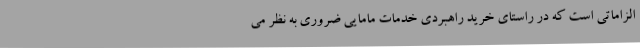
الزاماتی است که در راستای خرید راهبردی خدمات مامایی ضروری به نظر می